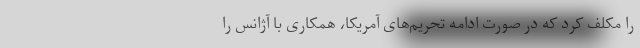
را مکلف کرد که در صورت ادامه‌ تحریم‌های آمریکا، همکاری با آژانس را